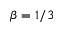
\beta = 1 / 3